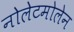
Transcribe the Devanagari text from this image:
नोलेटमोलेन